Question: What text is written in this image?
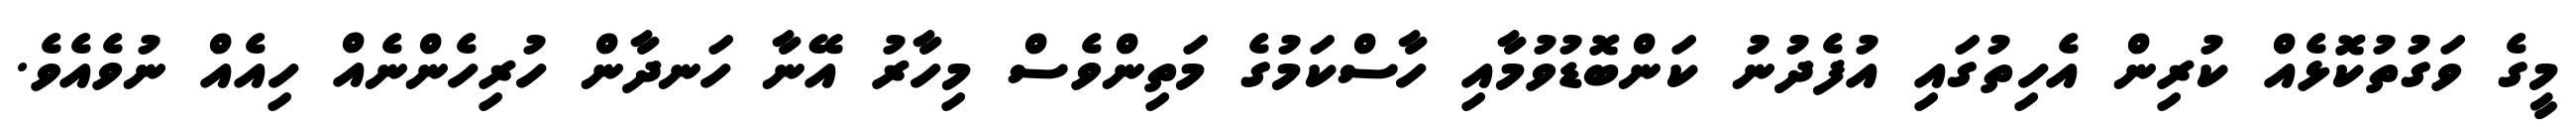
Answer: މީގެ ވަގުތުކޮޅެއް ކުރިން އެހިތުގައި އުފެދުނު ކަންބޮޑުވުމާއި ހާސްކަމުގެ މަތިންވެސް މިހާރު އޭނާ ހަނދާން ހުރިހެންނެއް ހިއެއް ނުވެއެވެ.